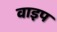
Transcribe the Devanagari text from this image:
वाइप